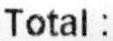
TOTAL :